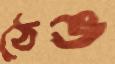
ঠেঙ